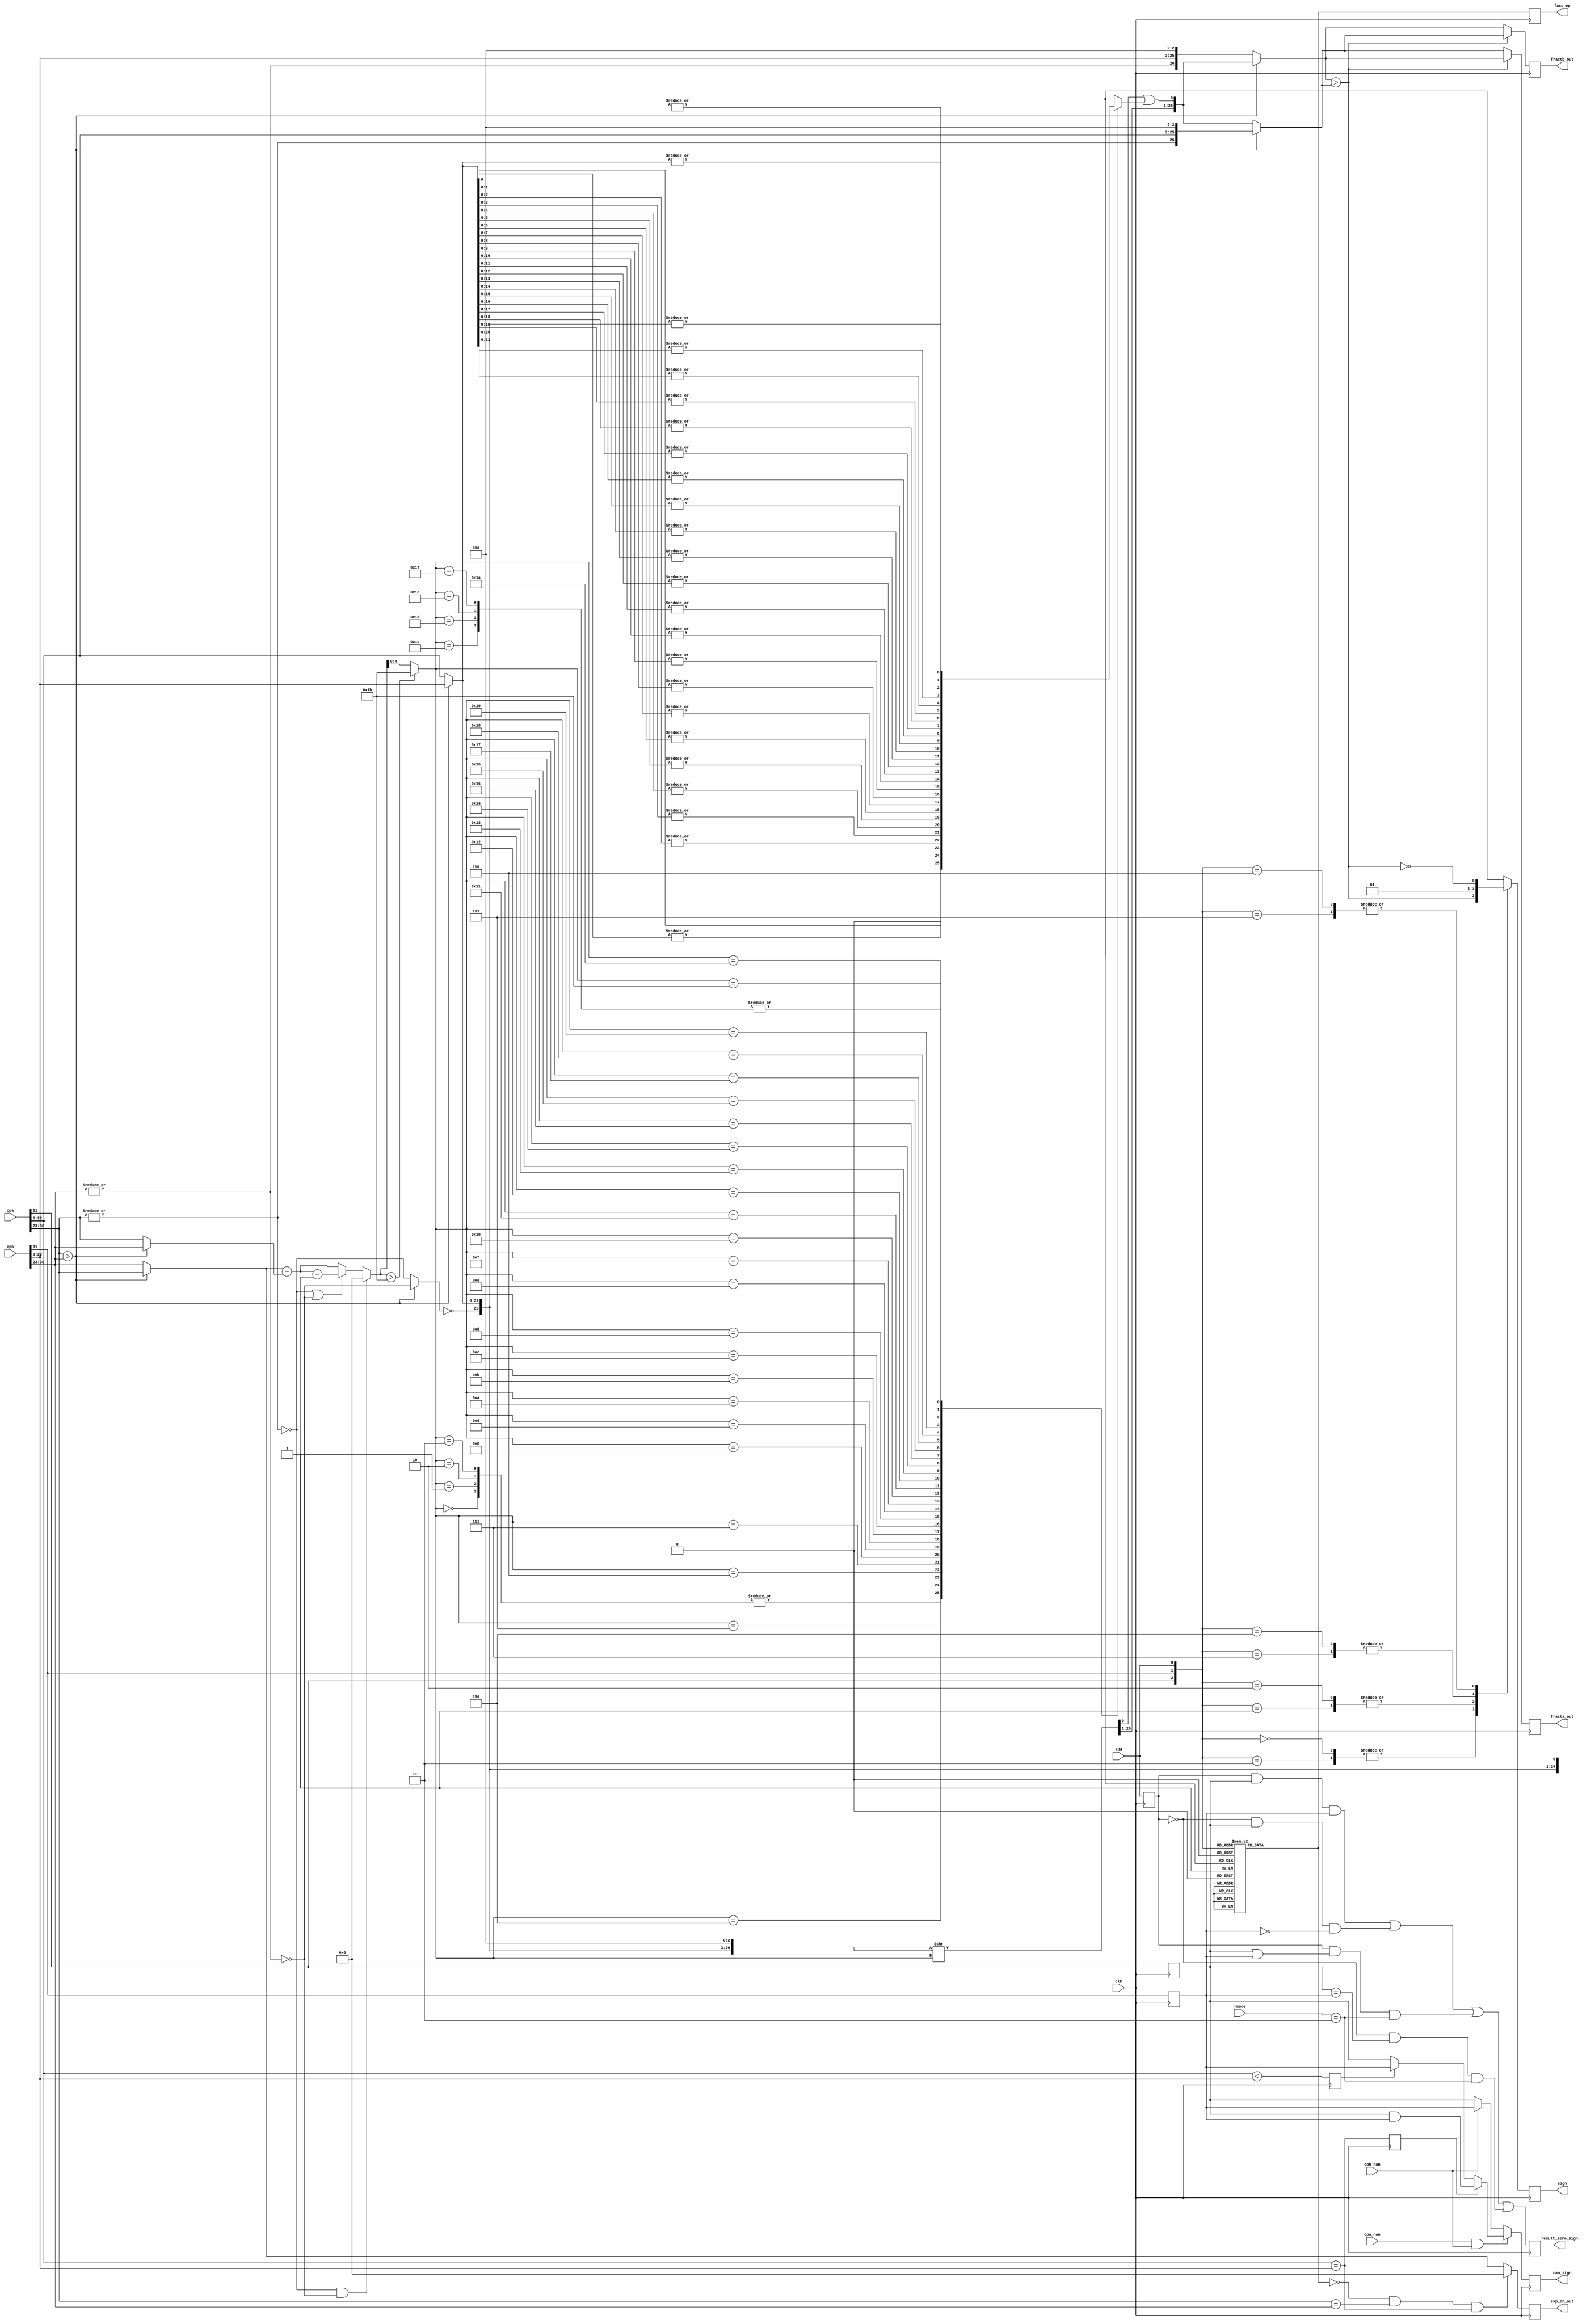
module pre_norm(clk, rmode, add, opa, opb, opa_nan, opb_nan, fracta_out,
		fractb_out, exp_dn_out, sign, nan_sign, result_zero_sign,
		fasu_op);
input		clk;
input	[1:0]	rmode;
input		add;
input	[BIT_SIZE:0]	opa, opb;
input		opa_nan, opb_nan;
output	[MANT_SIZE + 4:0]	fracta_out, fractb_out;
output	[EXP_SIZE:0]	exp_dn_out;
output		sign;
output		nan_sign, result_zero_sign;
output		fasu_op;			// Operation Output

////////////////////////////////////////////////////////////////////////
//
// Local Wires and registers
//

wire		signa, signb;		// alias to opX sign
wire	[EXP_SIZE:0]	expa, expb;		// alias to opX exponent
wire	[MANT_SIZE:0]	fracta, fractb;		// alias to opX fraction
wire		expa_lt_expb;		// expa is larger than expb indicator
wire		fractb_lt_fracta;	// fractb is larger than fracta indicator
reg	[EXP_SIZE:0]	exp_dn_out;		// de normalized exponent output
wire	[EXP_SIZE:0]	exp_small, exp_large;
wire	[EXP_SIZE:0]	exp_diff;		// Numeric difference of the two exponents
wire	[MANT_SIZE:0]	adj_op;			// Fraction adjustment: input
wire	[MANT_SIZE + 4:0]	adj_op_tmp;
wire	[MANT_SIZE + 4:0]	adj_op_out;		// Fraction adjustment: output
wire	[MANT_SIZE + 4:0]	fracta_n, fractb_n;	// Fraction selection after normalizing
wire	[MANT_SIZE + 4:0]	fracta_s, fractb_s;	// Fraction Sorting out
reg	[MANT_SIZE + 4:0]	fracta_out, fractb_out;	// Fraction Output
reg		sign, sign_d;		// Sign Output
reg		add_d;			// operation (add/sub)
reg		fasu_op;		// operation (add/sub) register
wire		expa_dn, expb_dn;
reg		sticky;
reg		result_zero_sign;
reg		add_r, signa_r, signb_r;
wire	[EXP_SHIFT:0]	exp_diff_sft;
wire		exp_lt_27;
wire		op_dn;
wire	[MANT_SIZE + 4:0]	adj_op_out_sft;
reg		fracta_lt_fractb, fracta_eq_fractb;
wire		nan_sign1;
reg		nan_sign;

////////////////////////////////////////////////////////////////////////
// Parameters
parameter BIT_SIZE = 31,
  EXP_SIZE = 7,
  MANT_SIZE = 22,
  BIAS = 127,
  EXP_SHIFT = MANT_SIZE == 51 ? 5 : MANT_SIZE == 22 ? 4 : 3;
////////////////////////////////////////////////////////////////////////

////////////////////////////////////////////////////////////////////////
//
// Aliases
//

assign  signa = opa[BIT_SIZE];
assign  signb = opb[BIT_SIZE];
assign   expa = opa[BIT_SIZE-1:BIT_SIZE-1 - EXP_SIZE];
assign   expb = opb[BIT_SIZE-1:BIT_SIZE-1 - EXP_SIZE];
assign fracta = opa[MANT_SIZE:0];
assign fractb = opb[MANT_SIZE:0];

////////////////////////////////////////////////////////////////////////
//
// Pre-Normalize exponents (and fractions)
//

assign expa_lt_expb = expa > expb;		// expa is larger than expb

// ---------------------------------------------------------------------
// Normalize

assign expa_dn = !(|expa);			// opa denormalized
assign expb_dn = !(|expb);			// opb denormalized

// ---------------------------------------------------------------------
// Calculate the difference between the smaller and larger exponent

wire	[EXP_SIZE:0]	exp_diff1, exp_diff1a, exp_diff2;

assign exp_small  = expa_lt_expb ? expb : expa;
assign exp_large  = expa_lt_expb ? expa : expb;
assign exp_diff1  = exp_large - exp_small;
assign exp_diff1a = exp_diff1-1;
assign exp_diff2  = (expa_dn | expb_dn) ? exp_diff1a : exp_diff1;
assign  exp_diff  = (expa_dn & expb_dn) ? 0 /* TODO test this*/ : exp_diff2;

always @(posedge clk)	// If numbers are equal we should return zero
	exp_dn_out <= #1 (!add_d & expa==expb & fracta==fractb) ? 0 /* TODO test this*/ : exp_large;

// ---------------------------------------------------------------------
// Adjust the smaller fraction


assign op_dn	  = expa_lt_expb ? expb_dn : expa_dn;
assign adj_op     = expa_lt_expb ? fractb : fracta;
assign adj_op_tmp = { ~op_dn, adj_op, 3'b0 };	// recover hidden bit (op_dn)

// adj_op_out is MANT_SIZE + 5 bits wide, so can only be shifted MANT_SIZE + 5 bits to the right
assign exp_lt_27	= exp_diff  > MANT_SIZE + 5;
assign exp_diff_sft	= exp_lt_27 ? MANT_SIZE + 5 : exp_diff[5:0];
assign adj_op_out_sft	= adj_op_tmp >> exp_diff_sft;
assign adj_op_out	= {adj_op_out_sft[ MANT_SIZE + 4 :1], adj_op_out_sft[0] | sticky };

// ---------------------------------------------------------------------
// Get truncated portion (sticky bit)

always @(exp_diff_sft or adj_op_tmp)
   case(exp_diff_sft)		// synopsys full_case parallel_case or  sticky = exp_diff_sft ? |adj_op_tmp[exp_diff_sft - 1:0] : 1'h0;
	00: sticky = 1'h0;
	01: sticky =  adj_op_tmp[0];
	02: sticky = |adj_op_tmp[01:0];
	03: sticky = |adj_op_tmp[02:0];
	04: sticky = |adj_op_tmp[03:0];
	05: sticky = |adj_op_tmp[04:0];
	06: sticky = |adj_op_tmp[05:0];
	07: sticky = |adj_op_tmp[06:0];
	08: sticky = |adj_op_tmp[07:0];
	09: sticky = |adj_op_tmp[08:0];
	10: sticky = |adj_op_tmp[09:0];
	11: sticky = |adj_op_tmp[10:0];
	12: sticky = |adj_op_tmp[11:0];
	13: sticky = |adj_op_tmp[12:0];
	14: sticky = |adj_op_tmp[13:0];
	15: sticky = |adj_op_tmp[14:0];
	16: sticky = |adj_op_tmp[15:0];
	17: sticky = |adj_op_tmp[16:0];
	18: sticky = |adj_op_tmp[17:0];
	19: sticky = |adj_op_tmp[18:0];
	20: sticky = |adj_op_tmp[19:0];
	21: sticky = |adj_op_tmp[20:0];
	22: sticky = |adj_op_tmp[21:0];
	23: sticky = |adj_op_tmp[22:0];
	24: sticky = |adj_op_tmp[23:0];
	25: sticky = |adj_op_tmp[24:0];
	26: sticky = |adj_op_tmp[25:0];
	27: sticky = |adj_op_tmp[26:0];

  28: sticky = |adj_op_tmp[27:0];
	29: sticky = |adj_op_tmp[28:0];
	30: sticky = |adj_op_tmp[29:0];
	31: sticky = |adj_op_tmp[30:0];
	32: sticky = |adj_op_tmp[31:0];
	33: sticky = |adj_op_tmp[32:0];
	34: sticky = |adj_op_tmp[33:0];
	35: sticky = |adj_op_tmp[34:0];
	36: sticky = |adj_op_tmp[35:0];
	37: sticky = |adj_op_tmp[36:0];
	38: sticky = |adj_op_tmp[37:0];
	39: sticky = |adj_op_tmp[38:0];
	40: sticky = |adj_op_tmp[39:0];
	41: sticky = |adj_op_tmp[40:0];
	42: sticky = |adj_op_tmp[41:0];
	43: sticky = |adj_op_tmp[42:0];
	44: sticky = |adj_op_tmp[43:0];
	45: sticky = |adj_op_tmp[44:0];
  46: sticky = |adj_op_tmp[45:0];
	47: sticky = |adj_op_tmp[46:0];
	48: sticky = |adj_op_tmp[47:0];
	49: sticky = |adj_op_tmp[48:0];
	50: sticky = |adj_op_tmp[49:0];
  51: sticky = |adj_op_tmp[50:0];
	52: sticky = |adj_op_tmp[51:0];
  53: sticky = |adj_op_tmp[52:0];
	54: sticky = |adj_op_tmp[53:0];
	55: sticky = |adj_op_tmp[54:0];
	56: sticky = |adj_op_tmp[55:0];
	//57: sticky = |adj_op_tmp[56:0];
   endcase
   //sticky = exp_diff_sft ? |(adj_op_tmp[exp_diff_sft - 1:0]) : 1'h0;
// ---------------------------------------------------------------------
// Select operands for add/sub (recover hidden bit)

assign fracta_n = expa_lt_expb ? {~expa_dn, fracta, 3'b0} : adj_op_out;
assign fractb_n = expa_lt_expb ? adj_op_out : {~expb_dn, fractb, 3'b0};

// ---------------------------------------------------------------------
// Sort operands (for sub only)

assign fractb_lt_fracta = fractb_n > fracta_n;	// fractb is larger than fracta
assign fracta_s = fractb_lt_fracta ? fractb_n : fracta_n;
assign fractb_s = fractb_lt_fracta ? fracta_n : fractb_n;

always @(posedge clk)
	fracta_out <= #1 fracta_s;

always @(posedge clk)
	fractb_out <= #1 fractb_s;

// ---------------------------------------------------------------------
// Determine sign for the output

// sign: 0=Positive Number; 1=Negative Number
always @(signa or signb or add or fractb_lt_fracta)
   case({signa, signb, add})		// synopsys full_case parallel_case

   	// Add
	3'b0_0_1: sign_d = 0;
	3'b0_1_1: sign_d = fractb_lt_fracta;
	3'b1_0_1: sign_d = !fractb_lt_fracta;
	3'b1_1_1: sign_d = 1;

	// Sub
	3'b0_0_0: sign_d = fractb_lt_fracta;
	3'b0_1_0: sign_d = 0;
	3'b1_0_0: sign_d = 1;
	3'b1_1_0: sign_d = !fractb_lt_fracta;
   endcase

always @(posedge clk)
	sign <= #1 sign_d;

// Fix sign for ZERO result
always @(posedge clk)
	signa_r <= #1 signa;

always @(posedge clk)
	signb_r <= #1 signb;

always @(posedge clk)
	add_r <= #1 add;

always @(posedge clk)
	result_zero_sign <= #1	( add_r &  signa_r &  signb_r) |
				(!add_r &  signa_r & !signb_r) |
				( add_r & (signa_r |  signb_r) & (rmode==3)) |
				(!add_r & (signa_r == signb_r) & (rmode==3));

// Fix sign for NAN result
always @(posedge clk)
	fracta_lt_fractb <= #1 fracta < fractb;

always @(posedge clk)
	fracta_eq_fractb <= #1 fracta == fractb;

assign nan_sign1 = fracta_eq_fractb ? (signa_r & signb_r) : fracta_lt_fractb ? signb_r : signa_r;

always @(posedge clk)
	nan_sign <= #1 (opa_nan & opb_nan) ? nan_sign1 : opb_nan ? signb_r : signa_r;

////////////////////////////////////////////////////////////////////////
//
// Decode Add/Sub operation
//

// add: 1=Add; 0=Subtract
always @(signa or signb or add)
   case({signa, signb, add})		// synopsys full_case parallel_case

   	// Add
	3'b0_0_1: add_d = 1;
	3'b0_1_1: add_d = 0;
	3'b1_0_1: add_d = 0;
	3'b1_1_1: add_d = 1;

	// Sub
	3'b0_0_0: add_d = 0;
	3'b0_1_0: add_d = 1;
	3'b1_0_0: add_d = 1;
	3'b1_1_0: add_d = 0;
   endcase

always @(posedge clk)
	fasu_op <= #1 add_d;

endmodule